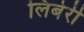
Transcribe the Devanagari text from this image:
लिबेरी